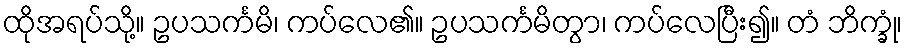
ထိုအရပ်သို့။ ဥပသင်္ကမိ၊ ကပ်လေ၏။ ဥပသင်္ကမိတွာ၊ ကပ်လေပြီး၍။ တံ ဘိက္ခုံ၊